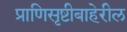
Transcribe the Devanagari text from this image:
प्राणिसृष्टीबाहेरील